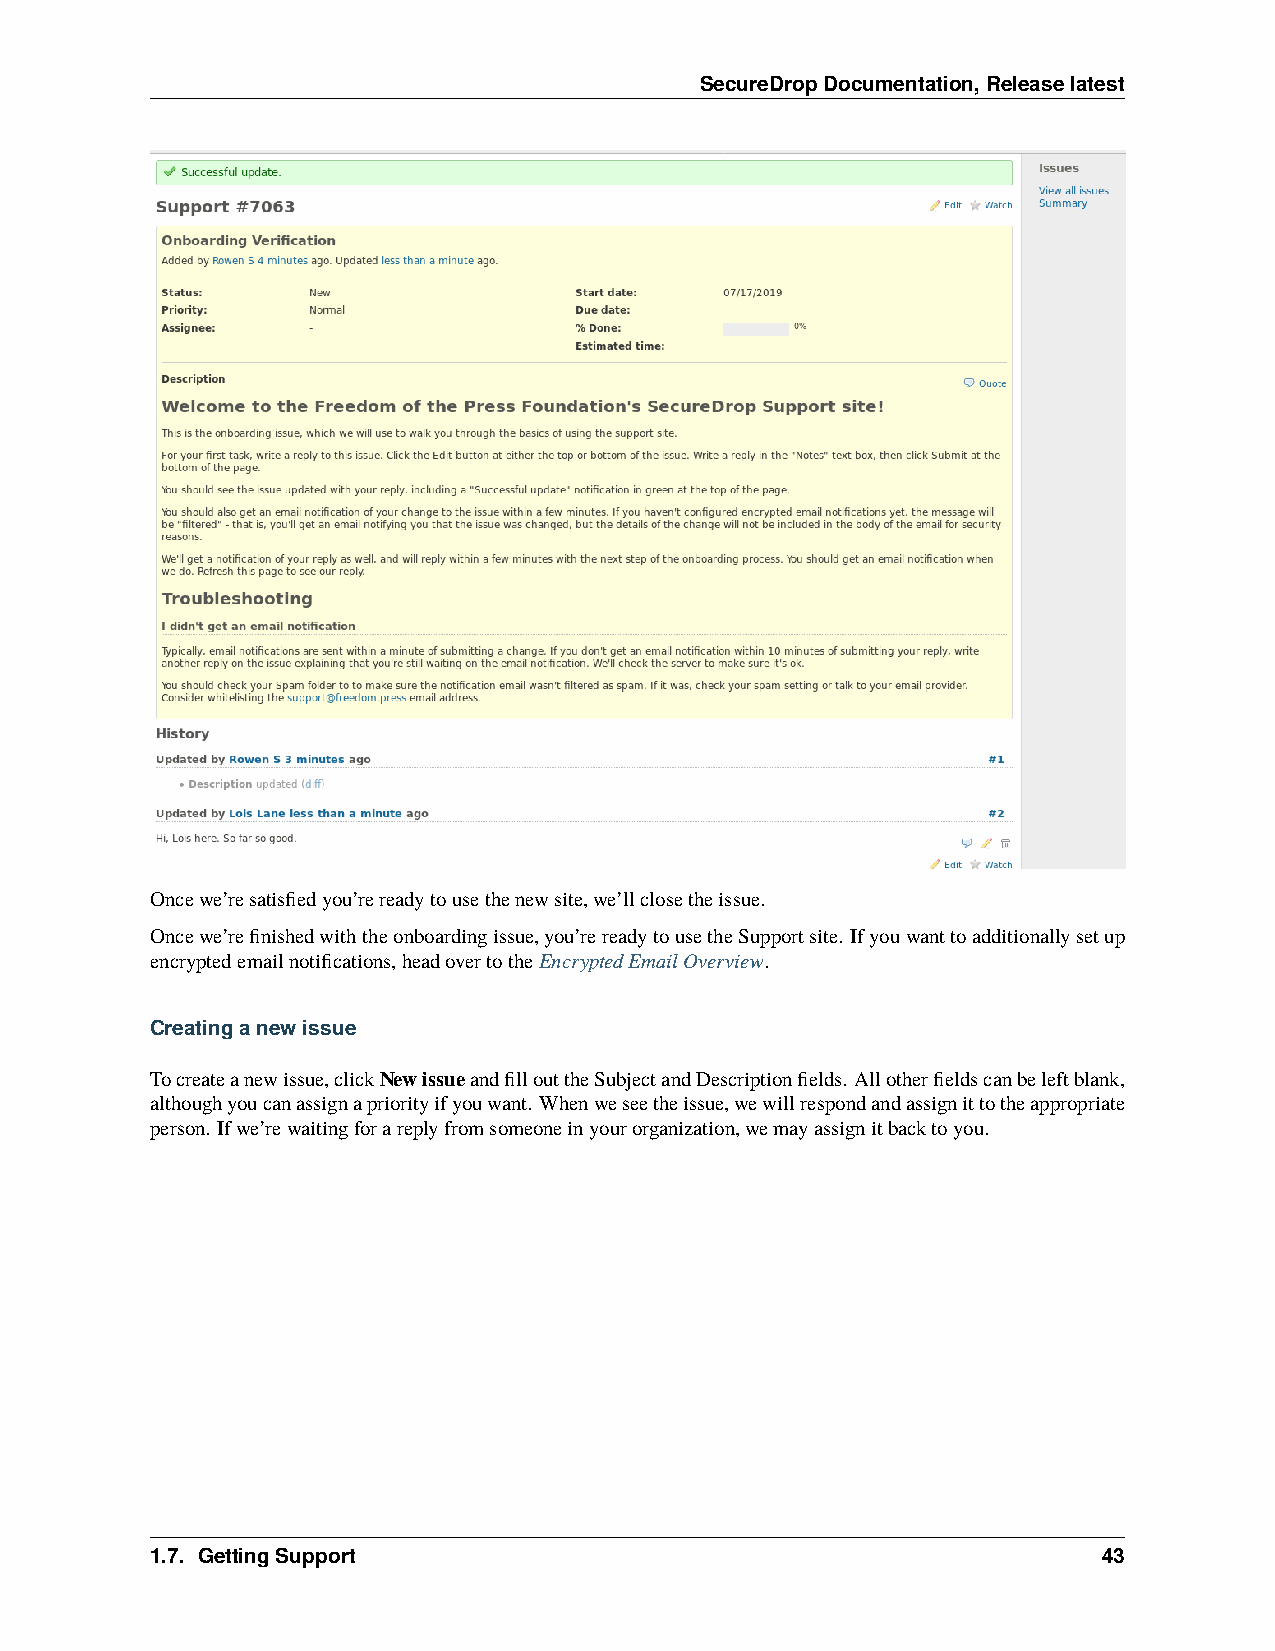
SecureDropDocumentation,Releaselatest
 Oncewe’resatisfiedyou’rereadytousethenewsite,we’llclosetheissue.
 Oncewe’refinishedwiththeonboardingissue,you’rereadytousetheSupportsite. Ifyouwanttoadditionallysetup
 encryptedemailnotifications,headovertotheEncryptedEmailOverview.
 Creatinganewissue
 Tocreateanewissue,clickNewissueandfillouttheSubjectandDescriptionfields. Allotherfieldscanbeleftblank,
 althoughyoucanassignapriorityifyouwant. Whenweseetheissue,wewillrespondandassignittotheappropriate
 person. Ifwe’rewaitingforareplyfromsomeoneinyourorganization,wemayassignitbacktoyou.
 1.7. GettingSupport                                            43